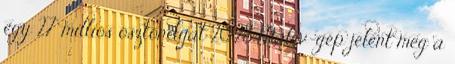
egy 27 milliós ösztöndíjat 20:28 Malév-gép jelent meg a